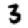
Digit: 3